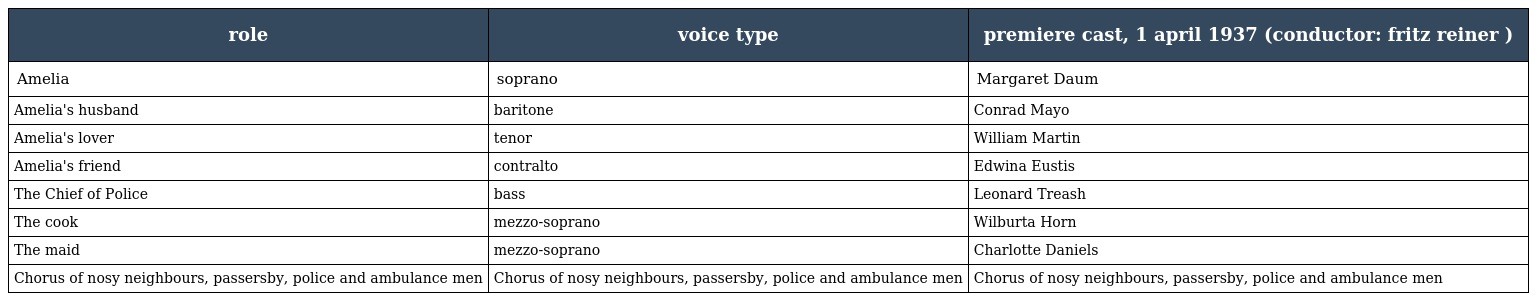
| role | voice type | premiere cast, 1 april 1937 (conductor: fritz reiner ) |
 | --- | --- | --- |
 | Amelia | soprano | Margaret Daum |
 | Amelia's husband | baritone | Conrad Mayo |
 | Amelia's lover | tenor | William Martin |
 | Amelia's friend | contralto | Edwina Eustis |
 | The Chief of Police | bass | Leonard Treash |
 | The cook | mezzo-soprano | Wilburta Horn |
 | The maid | mezzo-soprano | Charlotte Daniels |
 | Chorus of nosy neighbours, passersby, police and ambulance men | Chorus of nosy neighbours, passersby, police and ambulance men | Chorus of nosy neighbours, passersby, police and ambulance men |